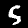
Digit: 5